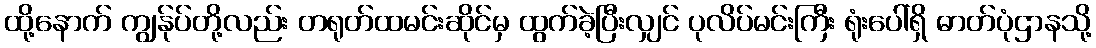
ထို့နောက် ကျွန်ုပ်တို့လည်း တရုတ်ထမင်းဆိုင်မှ ထွက်ခဲ့ပြီးလျှင် ပုလိပ်မင်းကြီး ရုံးပေါ်ရှိ ဓာတ်ပုံဌာနသို့